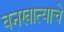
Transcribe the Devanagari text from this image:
वनखात्याचे